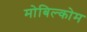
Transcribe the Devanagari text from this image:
मोबिल्कोम